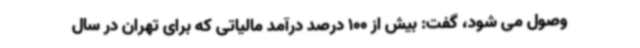
وصول می شود، گفت: بیش از 100 درصد درآمد مالیاتی که برای تهران در سال